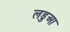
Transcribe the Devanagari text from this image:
लडुआ